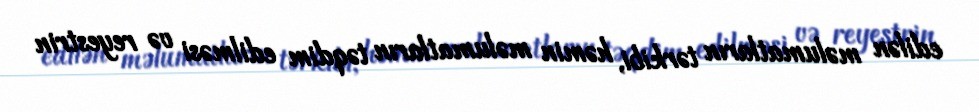
edilən məlumatların tərkibi, həmin məlumatların təqdim edilməsi və reyestrin